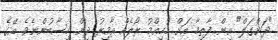
"ދަންގަލް" އިން ފާތިމާ އަށް މުހިއްމު ރޯލެއް އާމިރު ދިން ހިސާބުންނެވެ. އޭގެ